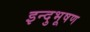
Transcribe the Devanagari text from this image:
इन्दुभूषण